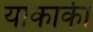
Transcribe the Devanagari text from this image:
याकार्की